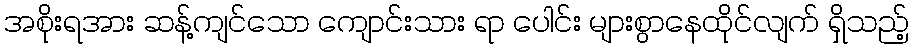
အစိုးရအား ဆန့်ကျင်သော ကျောင်းသား ရာ ပေါင်း များစွာနေထိုင်လျက် ရှိသည့်